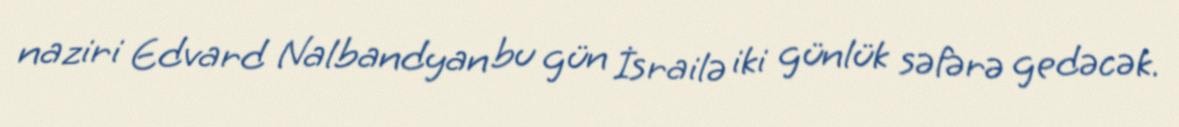
naziri Edvard Nalbandyan bu gün İsrailə iki günlük səfərə gedəcək.